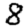
Digit: 8